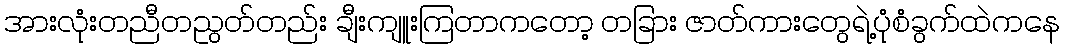
အားလုံးတညီတညွတ်တည်း ချီးကျူးကြတာကတော့ တခြား ဇာတ်ကားတွေရဲ့ပုံစံခွက်ထဲကနေ